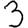
Digit: 3